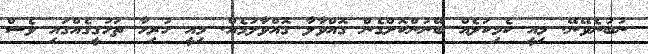
ނުބުނެވޭނޭ. މިއީ ކެމިކަލެއް ބޭނުންކޮށްގެން ގޮއްވާލާ ގޮއްވާލުމެއް. މިއީ ހުރިހާ ތަހުގީގެއްގައި ވެސް